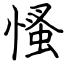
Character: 慅